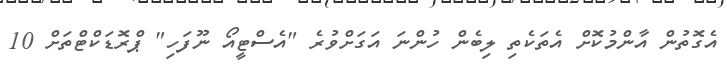
އެގޮތުން އާންމުކޮށް އެތަކެތި ލިބެން ހުންނަ އަގަށްވުރެ "އެސްޓީއޯ ނޫފަހި" ޕްރޮޑަކްޓްތަށް 10